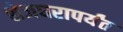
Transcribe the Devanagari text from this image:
शेजघरापर्यंत